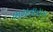
ભમતારામ